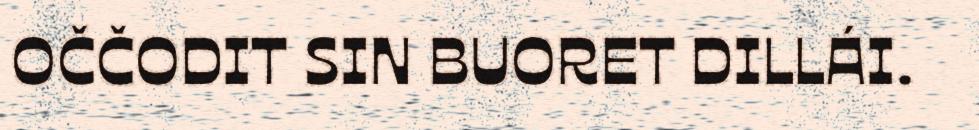
OČČODIT SIN BUORET DILLÁI.